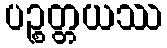
ပဉ္စတ္တယဿ